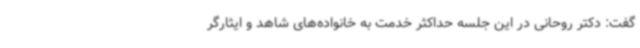
گفت: دکتر روحانی در این جلسه حداکثر خدمت به خانواده‌های شاهد و ایثارگر